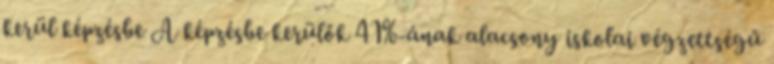
kerül képzésbe A képzésbe kerülők 41%-ának alacsony iskolai végzettségű